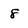
Character: 8